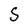
Character: S